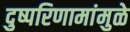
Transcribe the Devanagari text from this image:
दुष्परिणामांमुळे